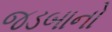
જડબાનો